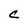
Character: C